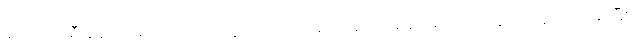
ဆိုင်ကယ်စီးနေကျ မဟုတ်တော့ သူထိုင်ရတာ တော်တော်အဆင်မပြေတာနဲ့ ခဏနားမယ်ဆိုပြီး